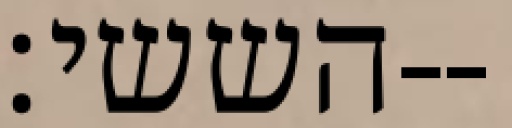
הששי׃--